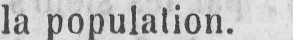
la population.